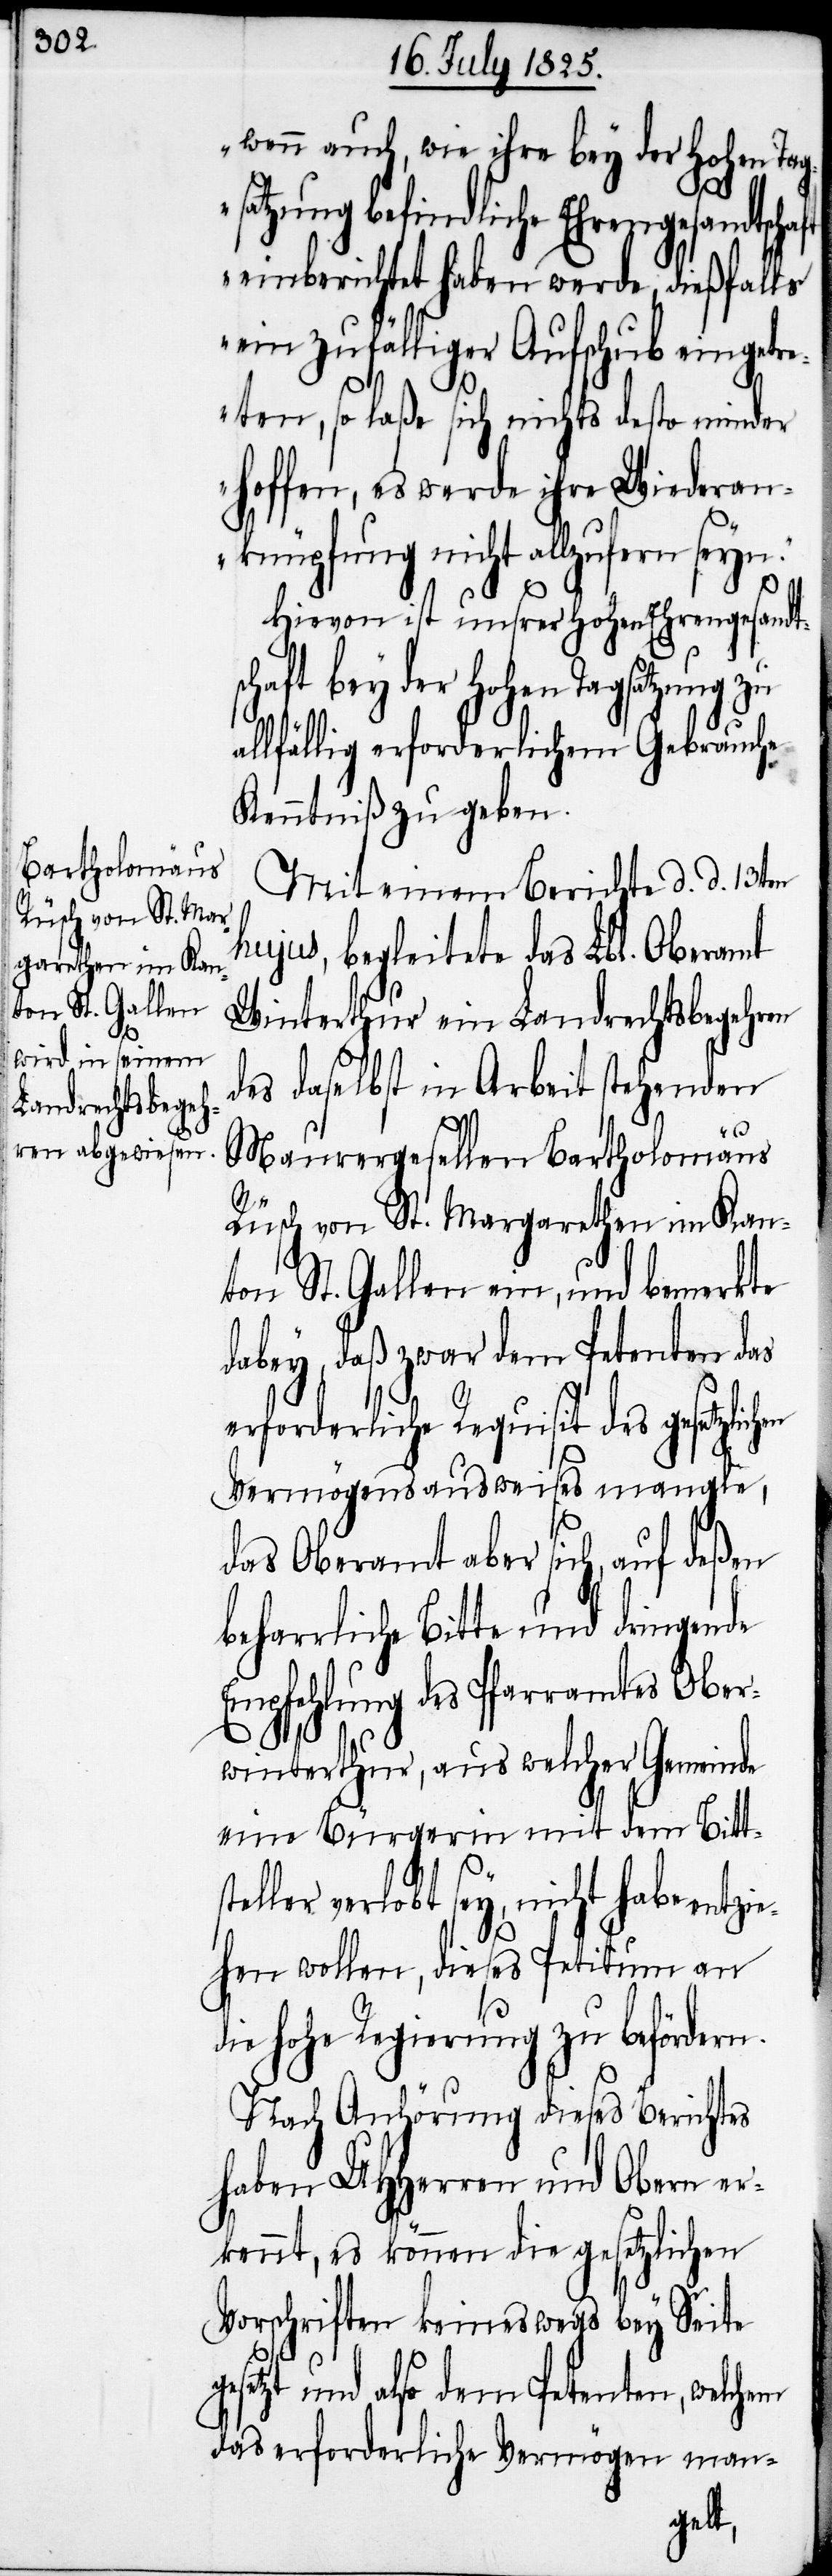
d¬

wenn auch, wie ihre bey der hohen Tag¬
einberichtet haben werde, dießfalls
ein zufälliger Aufschub eingetre¬
ten, so laße sich nichts desto minder
hoffen, es werde ihre Wiederan¬
knüpfung nicht allzufern seyn.“
Hievon ist unser Hohen Ehrensgesandt¬
aft bey der Hohen Tagsatzung
allfällig erforderlichem Gebrauche
Kenntniß zu geben.
Mit einem Berichte d. d. 13ten
hujus, begleitete das Lbl. Oberamt
Winterthur ein Landrechtsbegehren
des daselbst in Arbeit stehenden
sch¬
Maurergesellen Bartholomäus
Rüsch von St. Margarethen im Kan¬
ton St. Gallen ein, und bemerkte
dabey, daß zwar dem Petenten das
erforderliche Requisit des gesetzlichen
Vermögensausweises mangle,
das Oberamt aber sich, auf deßen
beharrliche Bitte und dringende
Empfehlung des Pfarramtes Ober¬
winterthur, aus welcher Gemeinde
eine Bürgerin mit dem Bittst¬
eller verlobt sey, nicht habe entzi¬
ehen wollen, dieses Petitum an
ie hohe Regierung zu befördern.
Nach Anhörung dieses Berichtes
haben UHHerren und Obern er¬
kennt, es können die gesetzlichen
Vorschriften keineswegs bey Seite
gesetzt und also dem Petenten, welchem
das erforderliche Vermögen man-